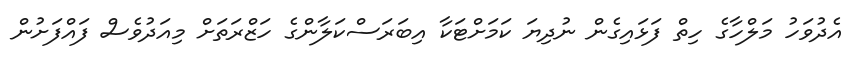
އެދުވަހު މަލްހާގެ ހިތް ފަޅައިގެން ނުދިޔަ ކަމަށްޓަކާ އިބަރަސްކަލާންގެ ހަޒްރަތަށް މިއަދުވެސް ފައްފަށުން